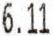
6.11